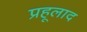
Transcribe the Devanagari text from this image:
प्रहूलाद